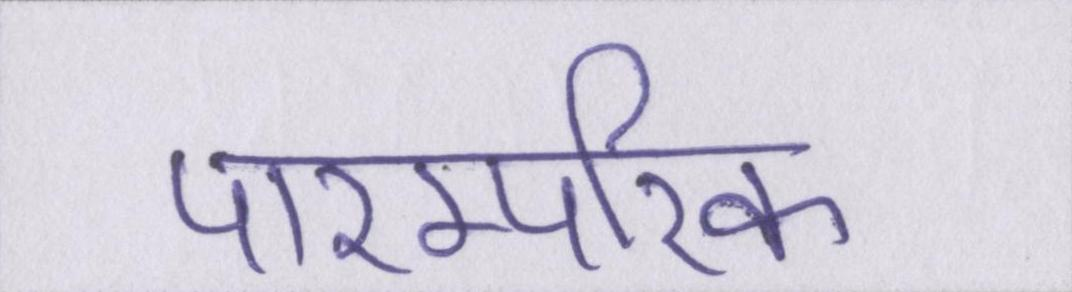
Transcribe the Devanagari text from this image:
पारम्परिक